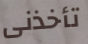
تأخذنى